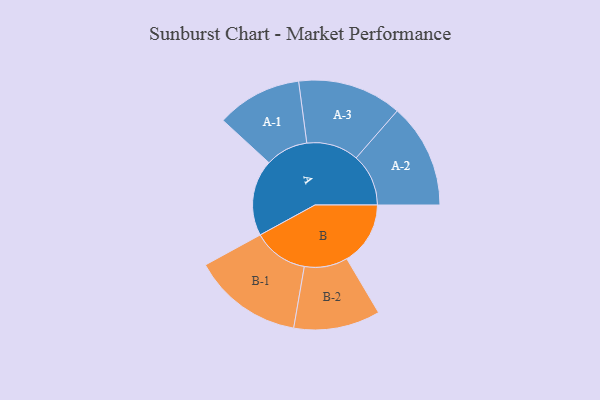
{"axis": {"x": "Segment", "y": "Value"}, "legend": ["", "A", "B"], "data": [{"x": "A", "y": 379, "type": ""}, {"x": "B", "y": 316, "type": ""}, {"x": "A-1", "y": 212, "type": "A"}, {"x": "A-2", "y": 260, "type": "A"}, {"x": "A-3", "y": 259, "type": "A"}, {"x": "B-1", "y": 274, "type": "B"}, {"x": "B-2", "y": 215, "type": "B"}]}